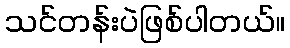
သင်တန်းပဲဖြစ်ပါတယ်။